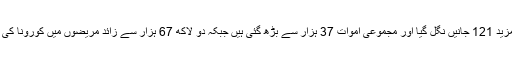
برطانیہ میں کورونا مزید 121 جانیں نگل گیا اور مجموعی اموات 37 ہزار سے بڑھ گئی ہیں جبکہ دو لاکھ 67 ہزار سے زائد مریضوں میں کورونا کی تشخیص ہو چکی ہے۔